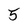
Character: 5